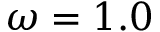
\omega = 1 . 0